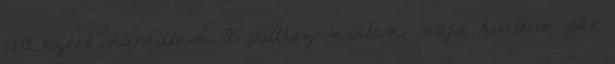
volt ezért maradtam. A pulthoz mentem, majd kivettem pár